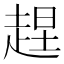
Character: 𧻼